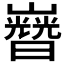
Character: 𡾡